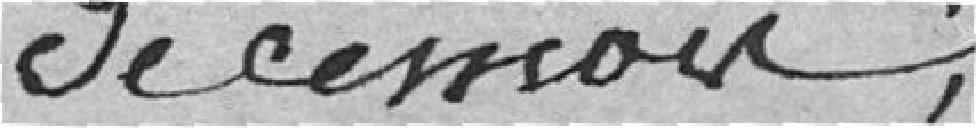
de cession.